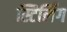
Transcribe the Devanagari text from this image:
स्टिर्लिंग